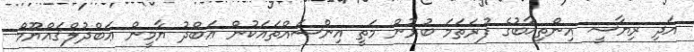
އަދި ރިޔާސީ އިންތިޚާބުގެ ފުރަތަމަ ބުރުން މަތީ އިންސައްތައަކުން ޢަބްދު ޔާމީން ޢަބްދުލްޤައްޔޫމް